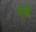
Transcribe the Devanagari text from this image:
एल्ले